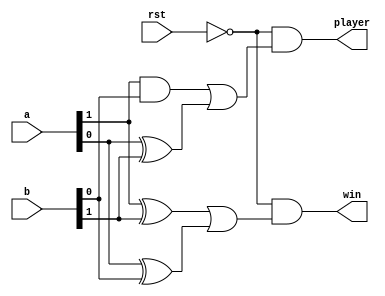
module RPS(win,player,rst,a,b);
input [1:0] a;
input [1:0] b;
input rst;
output win, player;
assign win=~rst&(a[1]^b[1]|a[0]^b[0]);
assign player=~rst&(a[1]&b[0]|a[0]^b[1]);
endmodule